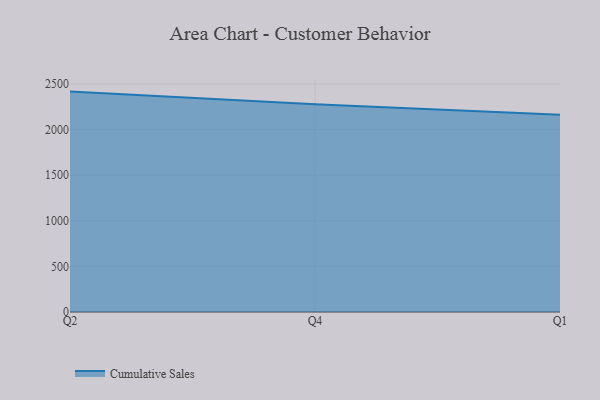
{"axis": {"x": "Quarter", "y": "Latency (ms)"}, "legend": ["Cumulative Sales"], "data": [{"x": "Q2", "y": 2415.9, "type": "Cumulative Sales"}, {"x": "Q4", "y": 2276.9, "type": "Cumulative Sales"}, {"x": "Q1", "y": 2162.1, "type": "Cumulative Sales"}]}